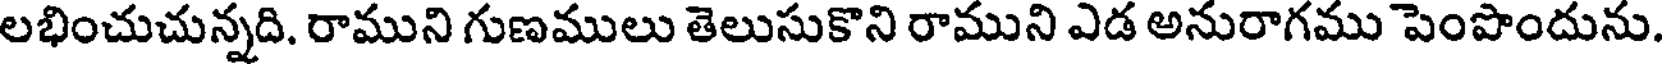
లభించుచున్నది. రాముని గుణములు తెలుసుకొని రాముని ఎడ అనురాగము పెంపొందును.